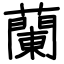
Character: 蘭